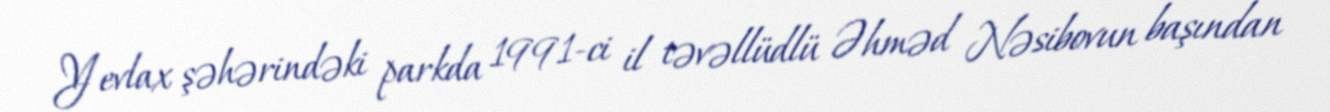
Yevlax şəhərindəki parkda 1991-ci il təvəllüdlü Əhməd Nəsibovun başından